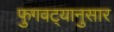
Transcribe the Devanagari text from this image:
फुगवट्यानुसार